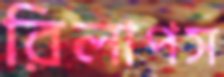
রিলাপস